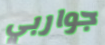
جواربي